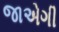
જાએગી